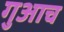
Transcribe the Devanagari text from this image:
गुआच